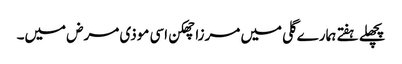
پچھلے ہفتے ہمارے گلی میں مرزا چھکن اسی موذی مرض میں۔